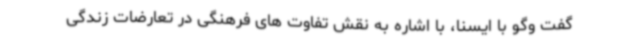
گفت وگو با ایسنا، با اشاره به نقش تفاوت های فرهنگی در تعارضات زندگی